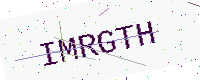
Text: IMRGTH